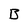
Character: B